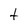
Character: t